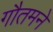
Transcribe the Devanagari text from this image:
गौतमने